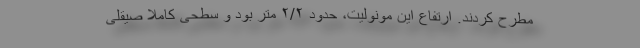
مطرح کردند. ارتفاع این مونولیت، حدود ۲/۲ متر بود و سطحی کاملا صیقلی